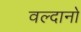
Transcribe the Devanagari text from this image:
वल्दानो